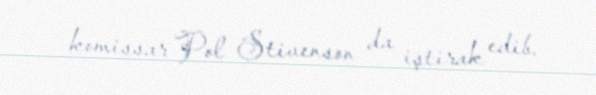
komissar Pol Stivenson da iştirak edib.